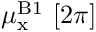
\mu _ { \mathrm { x } } ^ { { \mathrm B } 1 } ~ [ 2 \pi ]